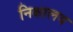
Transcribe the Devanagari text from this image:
निक्षालय